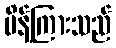
မိန့်ကြားသည်